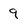
Character: 9